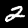
Label: 2